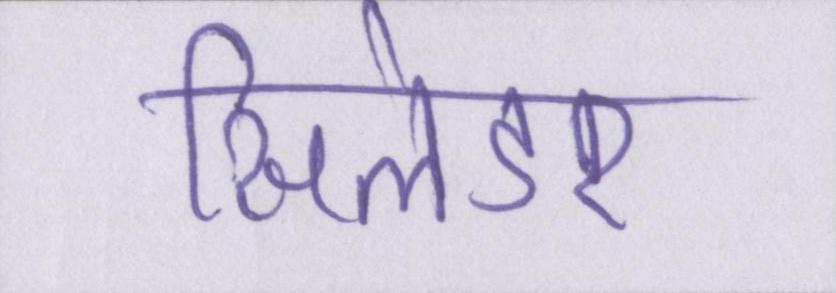
सिलेंडर